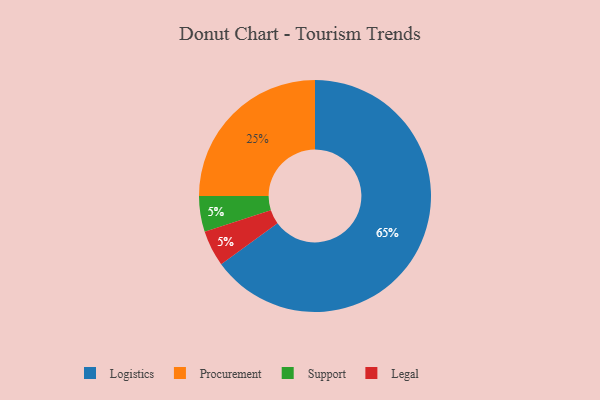
{"axis": {"x": "Category", "y": "Percentage"}, "legend": ["Legal", "Logistics", "Procurement", "Support"], "data": [{"x": "Support", "y": 5, "type": "Support"}, {"x": "Legal", "y": 5, "type": "Legal"}, {"x": "Logistics", "y": 65, "type": "Logistics"}, {"x": "Procurement", "y": 25, "type": "Procurement"}]}